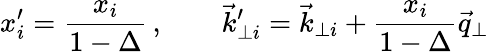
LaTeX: x_{i}^{\prime}={\frac{x_{i}}{1-\Delta}}\, ,\qquad{\vec{k}}_{\perp i}^{\prime}={\vec{k}}_{\perp i}+{\frac{x_{i}}{1-\Delta}}{\vec{q}}_{\perp}